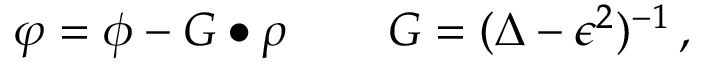
\varphi = \phi - G \bullet \rho \, \qquad G = ( \Delta - \epsilon ^ { 2 } ) ^ { - 1 } \, ,